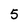
Character: 5